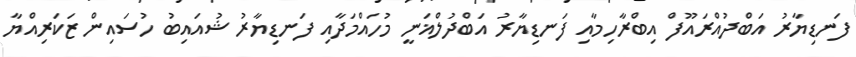
ފަނޑިޔާރު އަބްދުއްރައޫފް އިބްރާހިމާއި ފަނޑިޔާރު އަބްދުލްޣަނީ މުހައްމަދާއި ފަނޑިޔާރު ޝުއައިބު ހުސައިން ޒަކަރިއްޔާ